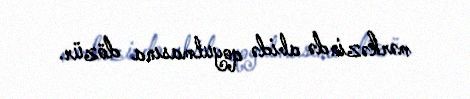
mərkəzində abidə qoyulmasına dözür.